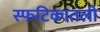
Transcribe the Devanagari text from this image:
स्फटिकातली